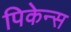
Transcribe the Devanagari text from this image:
पिकेन्स